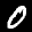
Label: 0